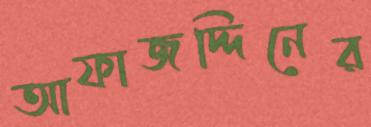
আফাজদ্দিনের